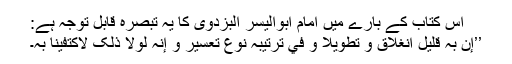
اس کتاب کے بارے میں امام ابوالیسر البزدویؒ کا یہ تبصرہ قابلِ توجہ ہے:
’’إن بہٖ قلیل انغلاق و تطویلا و في ترتیبہٖ نوع تعسیر و إنہٗ لولا ذٰلک لاکتفینا بہٖ۔